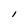
Character: I